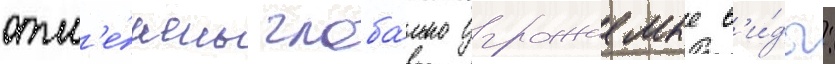
отм'е́чены глоба́льно угрожаемые в'и́ды: